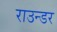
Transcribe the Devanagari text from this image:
राउन्डर